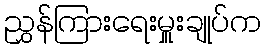
ညွှန်ကြားရေးမှူးချုပ်က